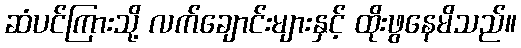
ဆံပင်ကြားသို့ လက်ချောင်းများနှင့် ထိုးဖွနေမိသည်။